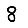
Digit: 8